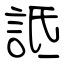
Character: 詆